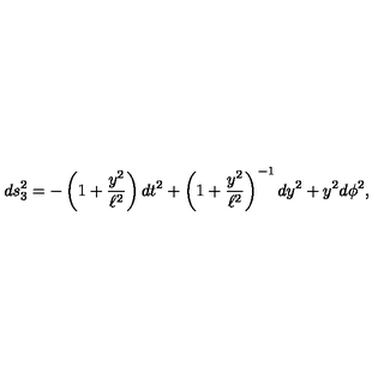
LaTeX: d s _ { 3 } ^ { 2 } = - \left( 1 + \frac { y ^ { 2 } } { \ell ^ { 2 } } \right) d t ^ { 2 } + \left( 1 + \frac { y ^ { 2 } } { \ell ^ { 2 } } \right) ^ { - 1 } d y ^ { 2 } + y ^ { 2 } d \phi ^ { 2 } ,